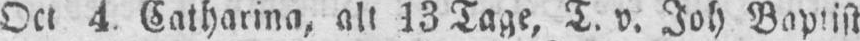
Oct 4. Catharina, alt 13 Tage, T. v. Joh Baptist